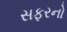
સફરનો